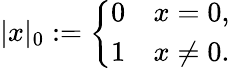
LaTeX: |x|_{0}:={\left\{ \begin{array}{ll}{0}&{x=0,}\\ {1}&{x\neq 0.}\end{array}\right.}